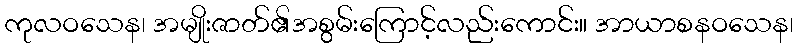
ကုလဝသေန၊ အမျိုးဇာတ်၏အစွမ်းကြောင့်လည်းကောင်း။ အာယာစနဝသေန၊